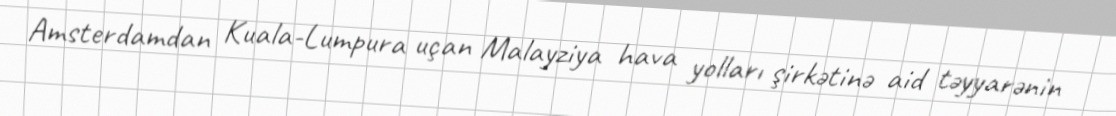
Amsterdamdan Kuala-Lumpura uçan Malayziya hava yolları şirkətinə aid təyyarənin